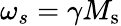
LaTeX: \omega_{s}=\gamma M_{\mathrm{s}}